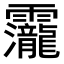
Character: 𮧁